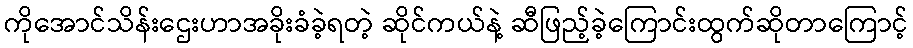
ကိုအောင်သိန်းဌေးဟာအခိုးခံခဲ့ရတဲ့ ဆိုင်ကယ်နဲ့ ဆီဖြည့်ခဲ့ကြောင်းထွက်ဆိုတာကြောင့်